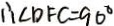
\therefore \angle D F C = 9 0 ^ { \circ }